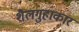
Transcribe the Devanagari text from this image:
शैलगुहाकार